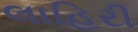
લાહિરી